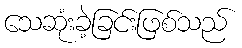
သေဆုံးခဲ့ခြင်းဖြစ်သည်